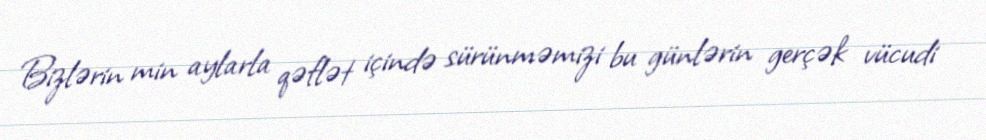
Bizlərin min aylarla qəflət içində sürünməmizi bu günlərin gerçək vücudi